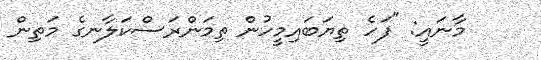
މާނައީ: "ފަހެ ތިޔަބައިމީހުން ތިމަންރަސްކަލާނގެ މަތިން